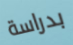
بدراسة